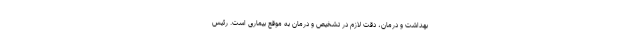
بهداشت و درمان، دقت لازم در تشخیص و درمان به موقع بیماری است. رئیس